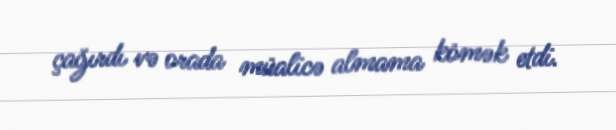
çağırdı və orada müalicə almama kömək etdi.